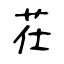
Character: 茌